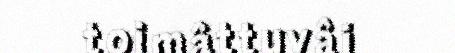
toimâttuvâi